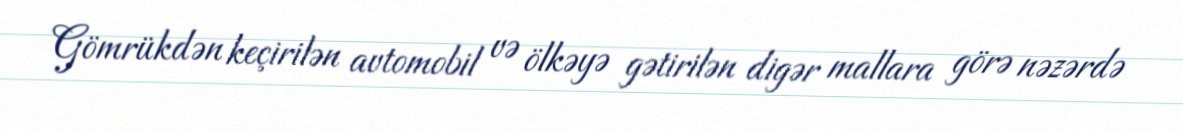
Gömrükdən keçirilən avtomobil və ölkəyə gətirilən digər mallara görə nəzərdə